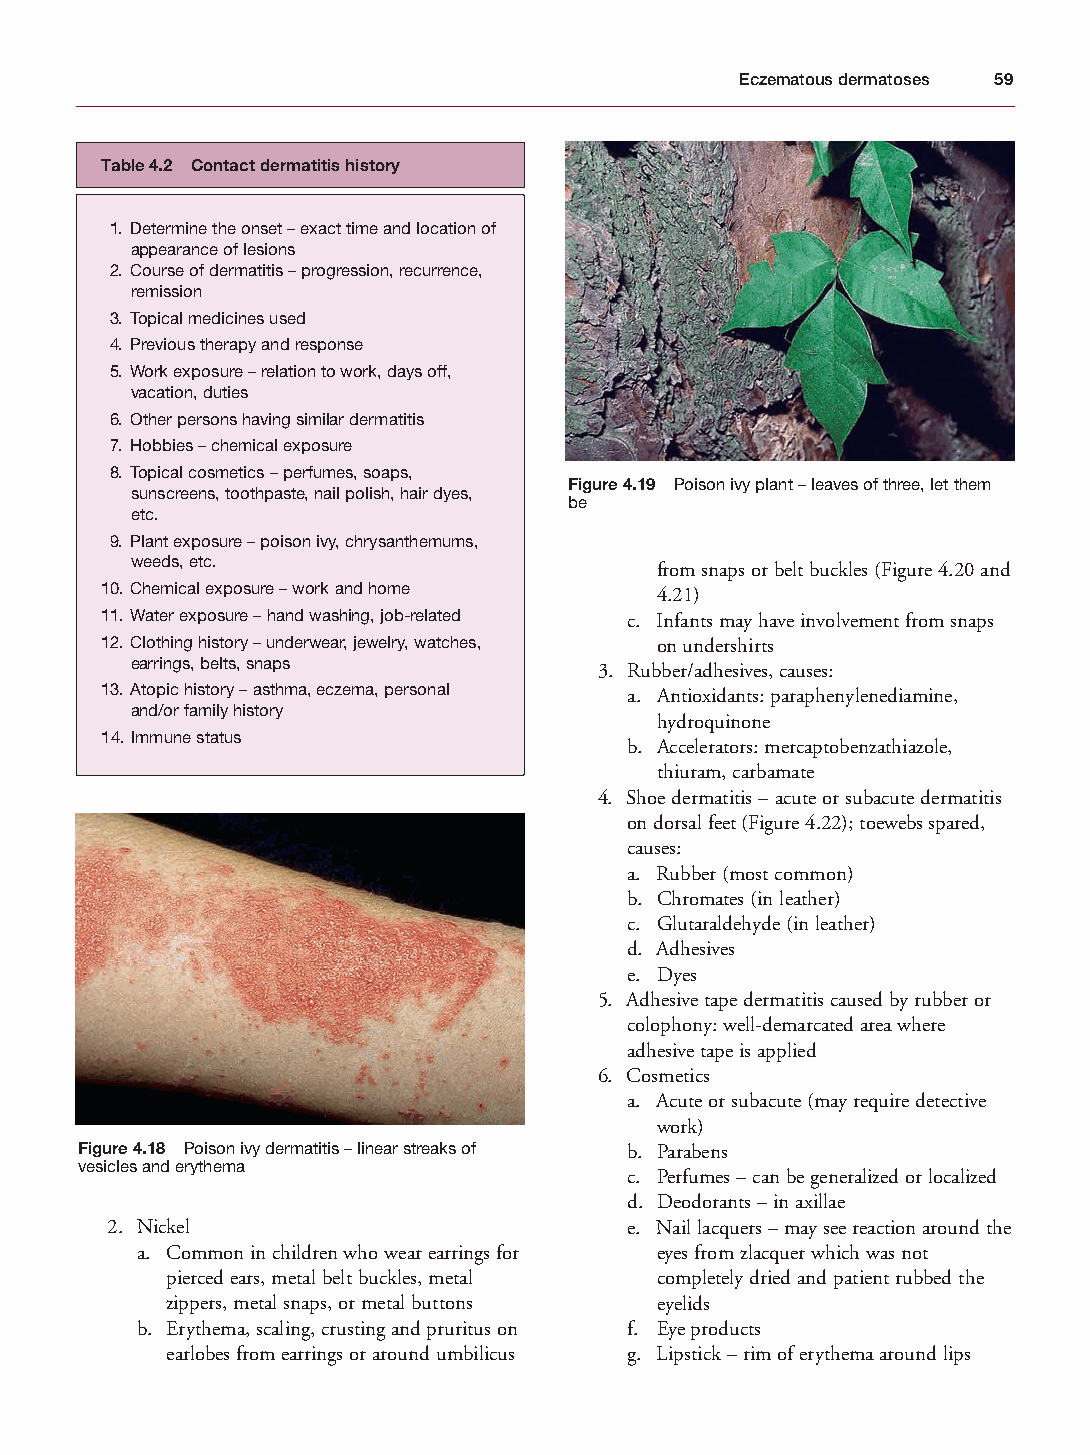
Mallory Chapter 04 27/1/05 1:23 pm Page 59
 Eczematous dermatoses 59
 Table 4.2 Contact dermatitis history
 1. Determine the onset – exact time and location of
 appearance of lesions
 2. Course of dermatitis – progression, recurrence,
 remission
 3. Topical medicines used
 4. Previous therapy and response
 5. Work exposure – relation to work, days off,
 vacation, duties
 6. Other persons having similar dermatitis
 7. Hobbies – chemical exposure
 8. Topical cosmetics – perfumes, soaps,
 Figure 4.19 Poison ivy plant – leaves of three, let them
 sunscreens, toothpaste, nail polish, hair dyes,
 be
 etc.
 9. Plant exposure – poison ivy, chrysanthemums,
 weeds, etc.
 from snaps or belt buckles (Figure 4.20 and
 10. Chemical exposure – work and home 4.21)
 11. Water exposure – hand washing, job-related c. Infants may have involvement from snaps
 12. Clothing history – underwear, jewelry, watches, on undershirts
 earrings, belts, snaps
 3. Rubber/adhesives, causes:
 13. Atopic history – asthma, eczema, personal a. Antioxidants: paraphenylenediamine,
 and/or family history
 hydroquinone
 14. Immune status
 b. Accelerators: mercaptobenzathiazole,
 thiuram, carbamate
 4. Shoe dermatitis – acute or subacute dermatitis
 on dorsal feet (Figure 4.22); toewebs spared,
 causes:
 a. Rubber (most common)
 b. Chromates (in leather)
 c. Glutaraldehyde (in leather)
 d. Adhesives
 e. Dyes
 5. Adhesive tape dermatitis caused by rubber or
 colophony: well-demarcated area where
 adhesive tape is applied
 6. Cosmetics
 a. Acute or subacute (may require detective
 work)
 Figure 4.18 Poison ivy dermatitis – linear streaks of b. Parabens
 vesicles and erythema
 c. Perfumes – can be generalized or localized
 d. Deodorants – in axillae
 2. Nickel                         e. Nail lacquers – may see reaction around the
 a. Common in children who wear earrings for eyes from zlacquer which was not
 pierced ears, metal belt buckles, metal completely dried and patient rubbed the
 zippers, metal snaps, or metal buttons eyelids
 b. Erythema, scaling, crusting and pruritus on f. Eye products
 earlobes from earrings or around umbilicus g. Lipstick – rim of erythema around lips